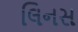
લિનસ